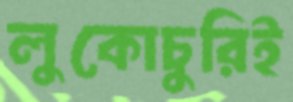
লুকোচুরিই